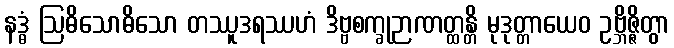
နဒ္ဓံ ဩဓိသောဓိသော တဿူဒရဿဟံ ဒိဗ္ဗစက္ခုဉာဏတ္ထန္တိ မုဒုတ္တာယေဝ ဥဗ္ဘိဇ္ဇိတွာ